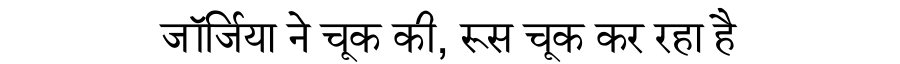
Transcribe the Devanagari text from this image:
जॉर्जिया ने चूक की, रूस चूक कर रहा है